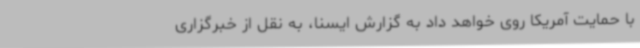
با حمایت آمریکا روی خواهد داد به گزارش ایسنا، به نقل از خبرگزاری